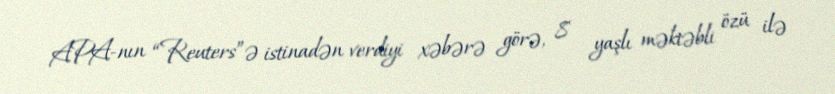
APA-nın “Reuters”ə istinadən verdiyi xəbərə görə, 8 yaşlı məktəbli özü ilə